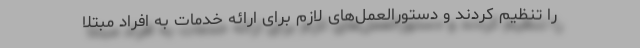
را تنظیم کردند و دستورالعمل‌های لازم برای ارائه خدمات به افراد مبتلا